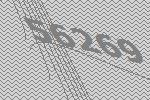
56269